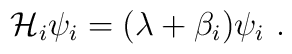
{\cal H}_i\psi _i=(\lambda+\beta _i)\psi _i ~.